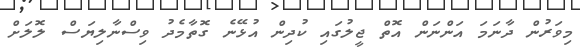
މިވަރުން ދާނަމަ އަންނަން އޮތް ޖީލުގައި ކުދިން އުޅޭނެ ގޮތާމެދު ވިސްނާލިޔަސް ލޮލަށް